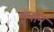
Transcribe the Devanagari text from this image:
इपान